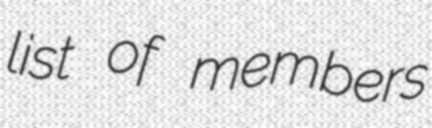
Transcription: list of members